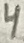
Text: 4